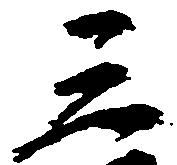
三